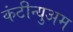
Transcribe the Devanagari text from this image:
कंटीन्युअम